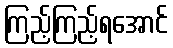
ကြည့်ကြည့်ရအောင်